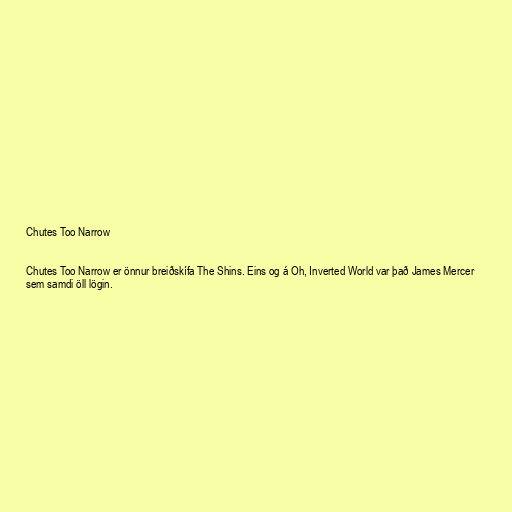
Chutes Too Narrow

Chutes Too Narrow er önnur breiðskífa The Shins. Eins og á Oh, Inverted World var það James Mercer
sem samdi öll lögin.